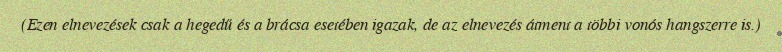
(Ezen elnevezések csak a hegedű és a brácsa esetében igazak, de az elnevezés átment a többi vonós hangszerre is.)